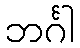
ဘင်္ဂါ